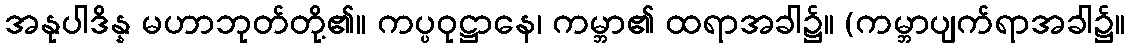
အနုပါဒိန္န မဟာဘုတ်တို့၏။ ကပ္ပဝုဋ္ဌာနေ၊ ကမ္ဘာ၏ ထရာအခါ၌။ (ကမ္ဘာပျက်ရာအခါ၌။